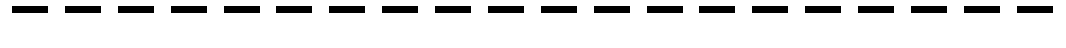
--------------------